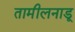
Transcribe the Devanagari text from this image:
तामीलनाडू